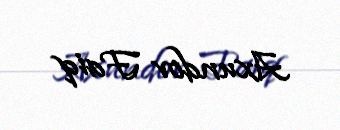
Axundov Faiq